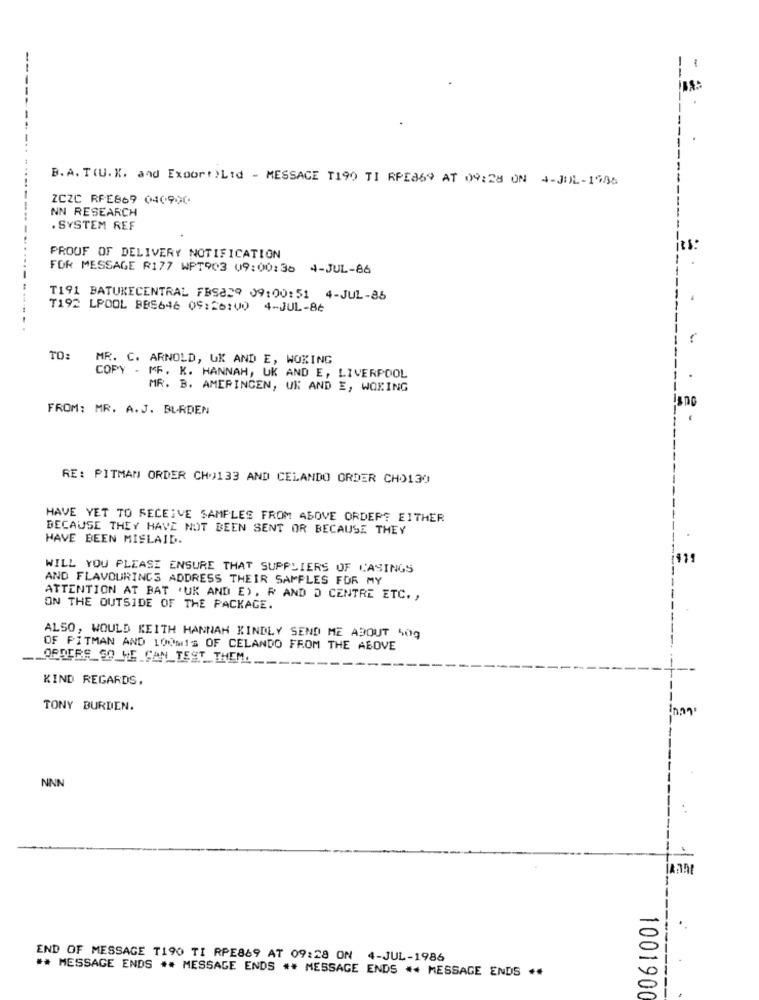
-
---
B.A. T(U.X. and Export)Lid - MESSAGE T190 TI RPE869 AT 09:28 ON 4-JUL-1986
-.. ...-..
ZCZC RFE869 040900
NN RESEARCH
. SYSTEM REF
it's:
PROOF OF DELIVERY NOTIFICATION
FOR MESSAGE R177 WPT903 09:00:36 4-JUL-86
--.
T191 BATURECENTRAL FBS829 09:00:51 4-JUL-85
T192 LPOOL BBS646 09:20100 4-JUL-86
TO: MR. C. ARNOLD, UK AND E, WOKING
COPY - MF. K. HANNAH, UK AND E, LIVERPOOL
MR. B. AMERINGEN, UK AND E, WOKING
FROM: MR. A.J. BURDEN
RE: PITMAN ORDER CH>133 AND CELANDO ORDER CHO130
HAVE YET TO RECEIVE SAMPLES FROM ABOVE ORDER? EITHER
BECAUSE THEY HAVE NOT BEEN SENT OR BECAUSE THEY
HAVE BEEN MISLAID.
WILL YOU PLEASE ENSURE THAT SUPPLIERS OF CASINGS
AND FLAVOURINGS ADDRESS THEIR SAMPLES FOR MY
ATTENTION AT BAT 'UK AND E), R AND D CENTRE ETC. ,
ON THE OUTSIDE OF THE PACKAGE.
ALSO, WOULD KEITH HANNAH KINDLY SEND ME ABOUT 509
OF PITMAN AND LOOMIS OF CELANDO FROM THE ABOVE
ORDERS SO HE CAN TEST THEM ..
KIND REGARDS.
TONY BURDEN.
NNN
END OF MESSAGE T190 TI RPE869 AT 09:28 ON 4-JUL-1986
** MESSAGE ENDS ** MESSAGE ENDS ** MESSAGE ENDS ** MESSAGE ENDS **
1001900